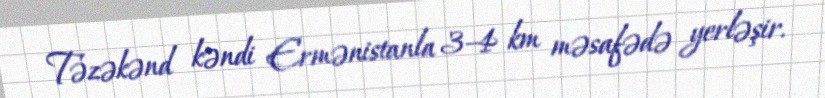
Təzəkənd kəndi Ermənistanla 3-4 km məsafədə yerləşir.